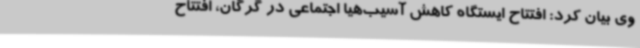
وی بیان کرد: افتتاح ایستگاه کاهش آسیب‌هیا اجتماعی در گرگان، افتتاح